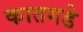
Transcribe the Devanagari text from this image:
कातगडे